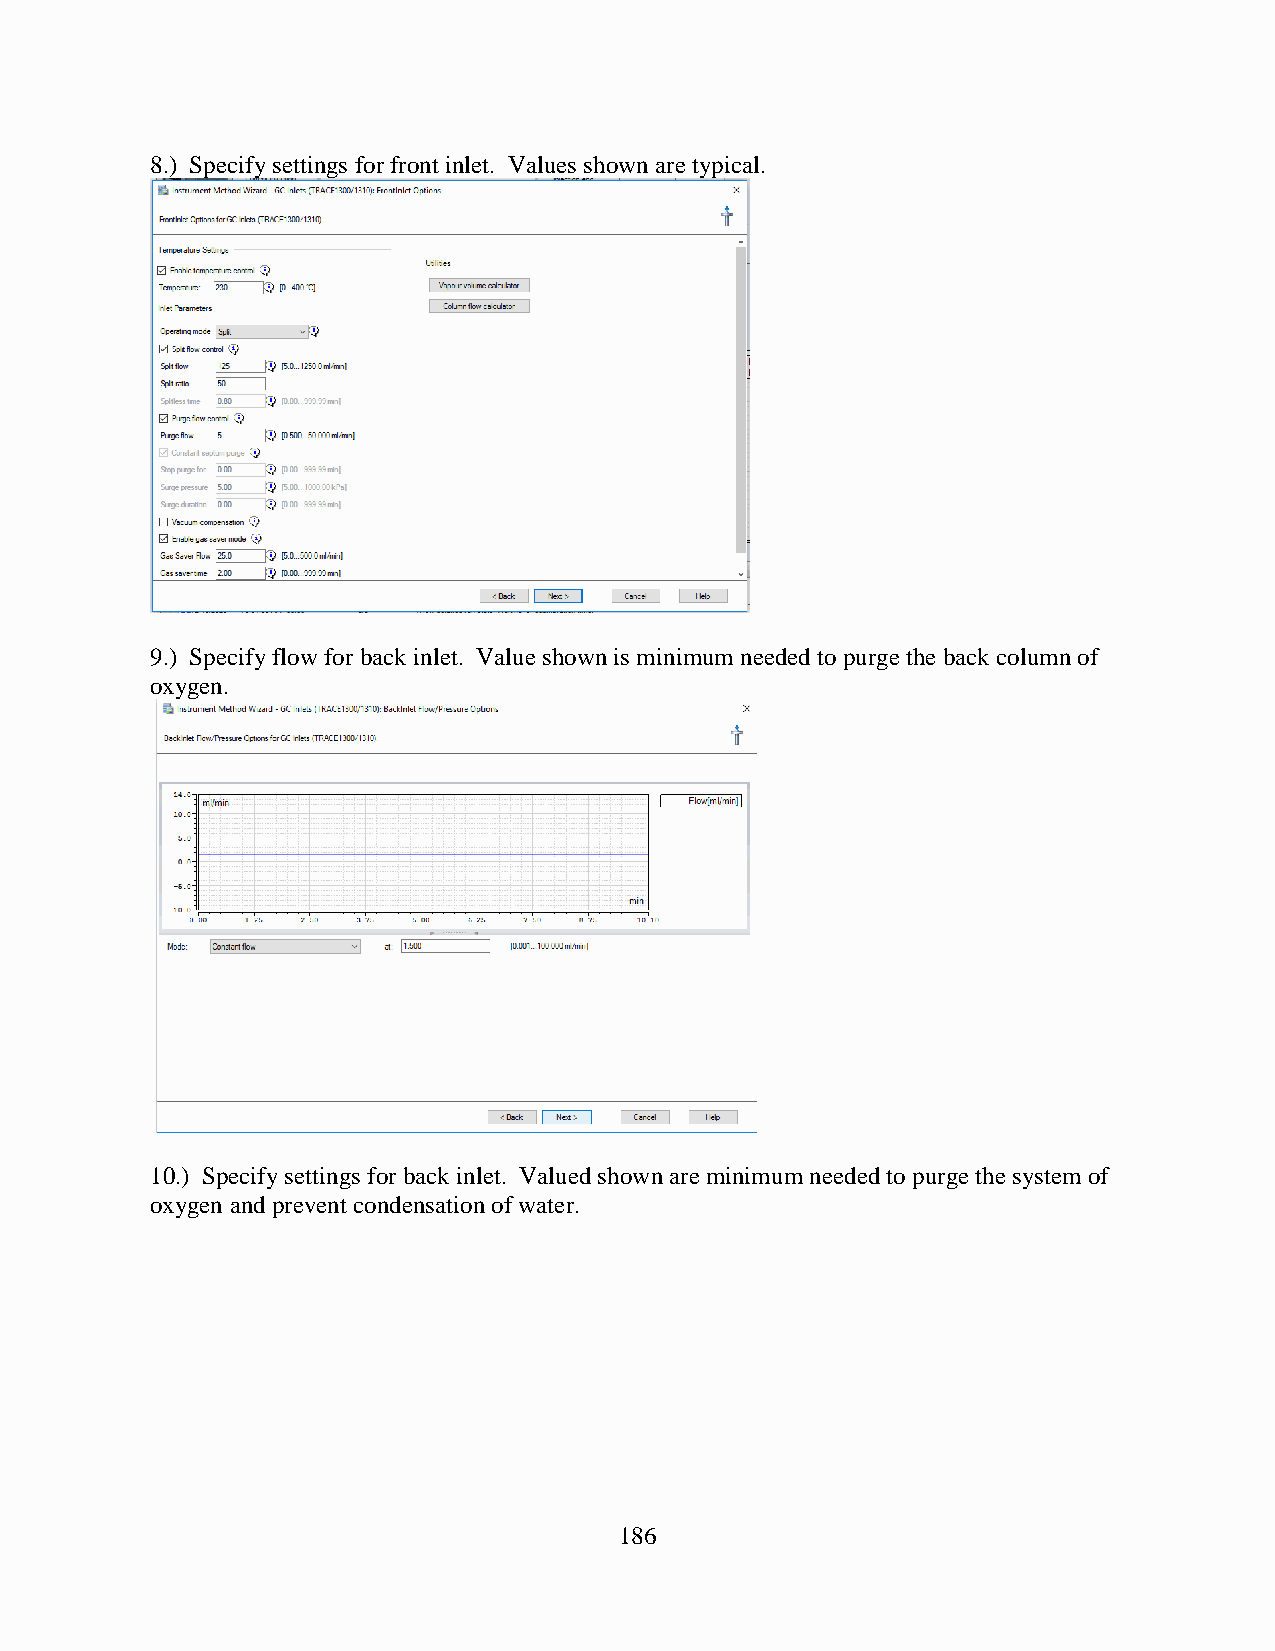
8.) Specify settings for front inlet. Values shown are typical.
 9.) Specify flow for back inlet. Value shown is minimum needed to purge the back column of
 oxygen.
 10.) Specify settings for back inlet. Valued shown are minimum needed to purge the system of
 oxygen and prevent condensation of water.
 186